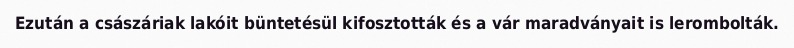
Ezután a császáriak lakóit büntetésül kifosztották és a vár maradványait is lerombolták.